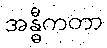
အန္ဓီကတာ